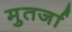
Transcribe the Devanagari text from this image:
मुतर्जा